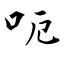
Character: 呃